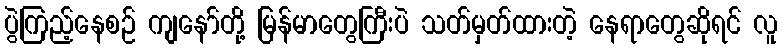
ပွဲကြည့်နေစဉ် ကျနော်တို့ မြန်မာတွေကြီးပဲ သတ်မှတ်ထားတဲ့ နေရာတွေဆိုရင် လူ